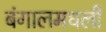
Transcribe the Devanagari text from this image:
बंगालमधली